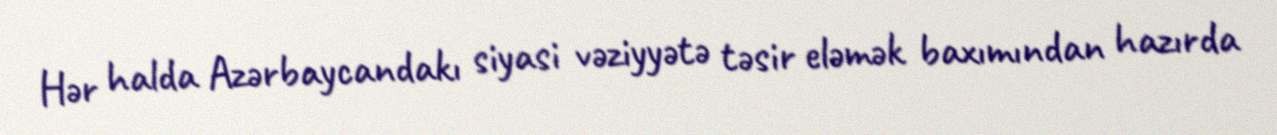
Hər halda Azərbaycandakı siyasi vəziyyətə təsir eləmək baxımından hazırda